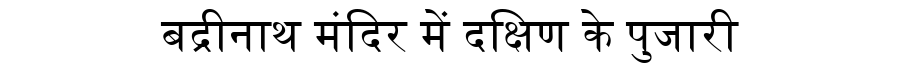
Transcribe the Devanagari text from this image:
बद्रीनाथ मंदिर में दक्षिण के पुजारी